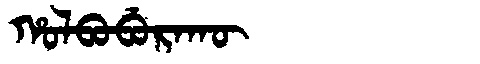
Manchu: ᡥᠣᠯᠪᠣᠪᡠᡵᠠᡴᡡ
Romanization: HOLBOBURAKŪ